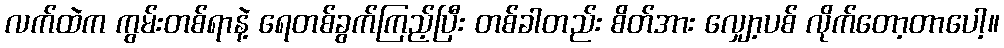
လက်ထဲက ကွမ်းတစ်ရာနဲ့ ရေတစ်ခွက်ကြည့်ပြီး တစ်ခါတည်း စိတ်အား လျှော့ပစ် လိုက်တော့တာပေါ့။